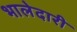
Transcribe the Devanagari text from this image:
भालेदारी